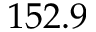
1 5 2 . 9